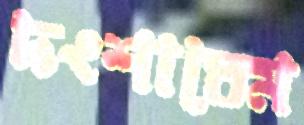
দংশাতেম